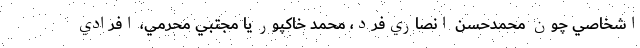
اشخاصي چون محمدحسن انصاري‌فرد، محمد خاكپور يا مجتبي محرمي، افرادي